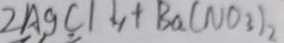
2 A g C l \downarrow + B a ( N O _ { 3 } ) _ { 2 }